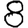
Digit: 8